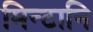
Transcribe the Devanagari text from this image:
मिन्टानि